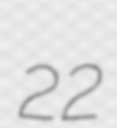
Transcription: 22